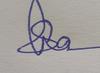
Signature authenticity: genuine